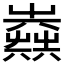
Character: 𡴪